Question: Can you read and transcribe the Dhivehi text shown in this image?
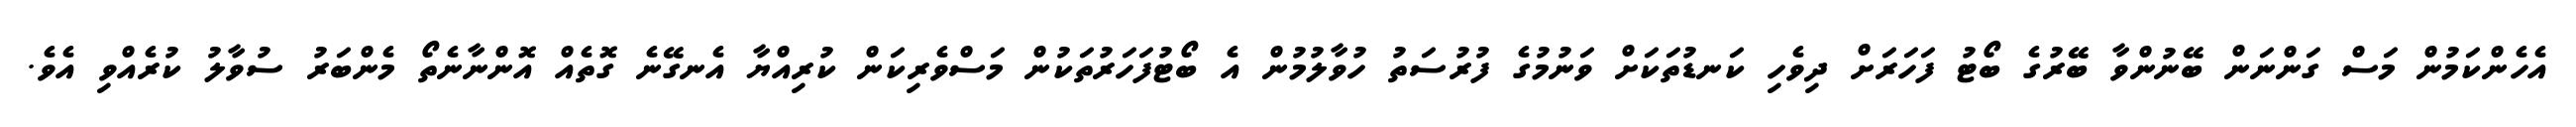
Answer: އެހެންކަމުން މަސް ގަންނަން ބޭނުންވާ ބޭރުގެ ބޯޓު ފަހަރަށް ދިވެހި ކަނޑުތަކަށް ވަނުމުގެ ފުރުސަތު ހުވާލުމުން އެ ބޯޓުފަހަރުތަކުން މަސްވެރިކަން ކުރިއްޔާ އެނގޭނެ ގޮތެއް އޮންނާނެތޯ މެންބަރު ސުވާލު ކުރެއްވި އެވެ.